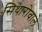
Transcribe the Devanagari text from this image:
सिथारोवाले